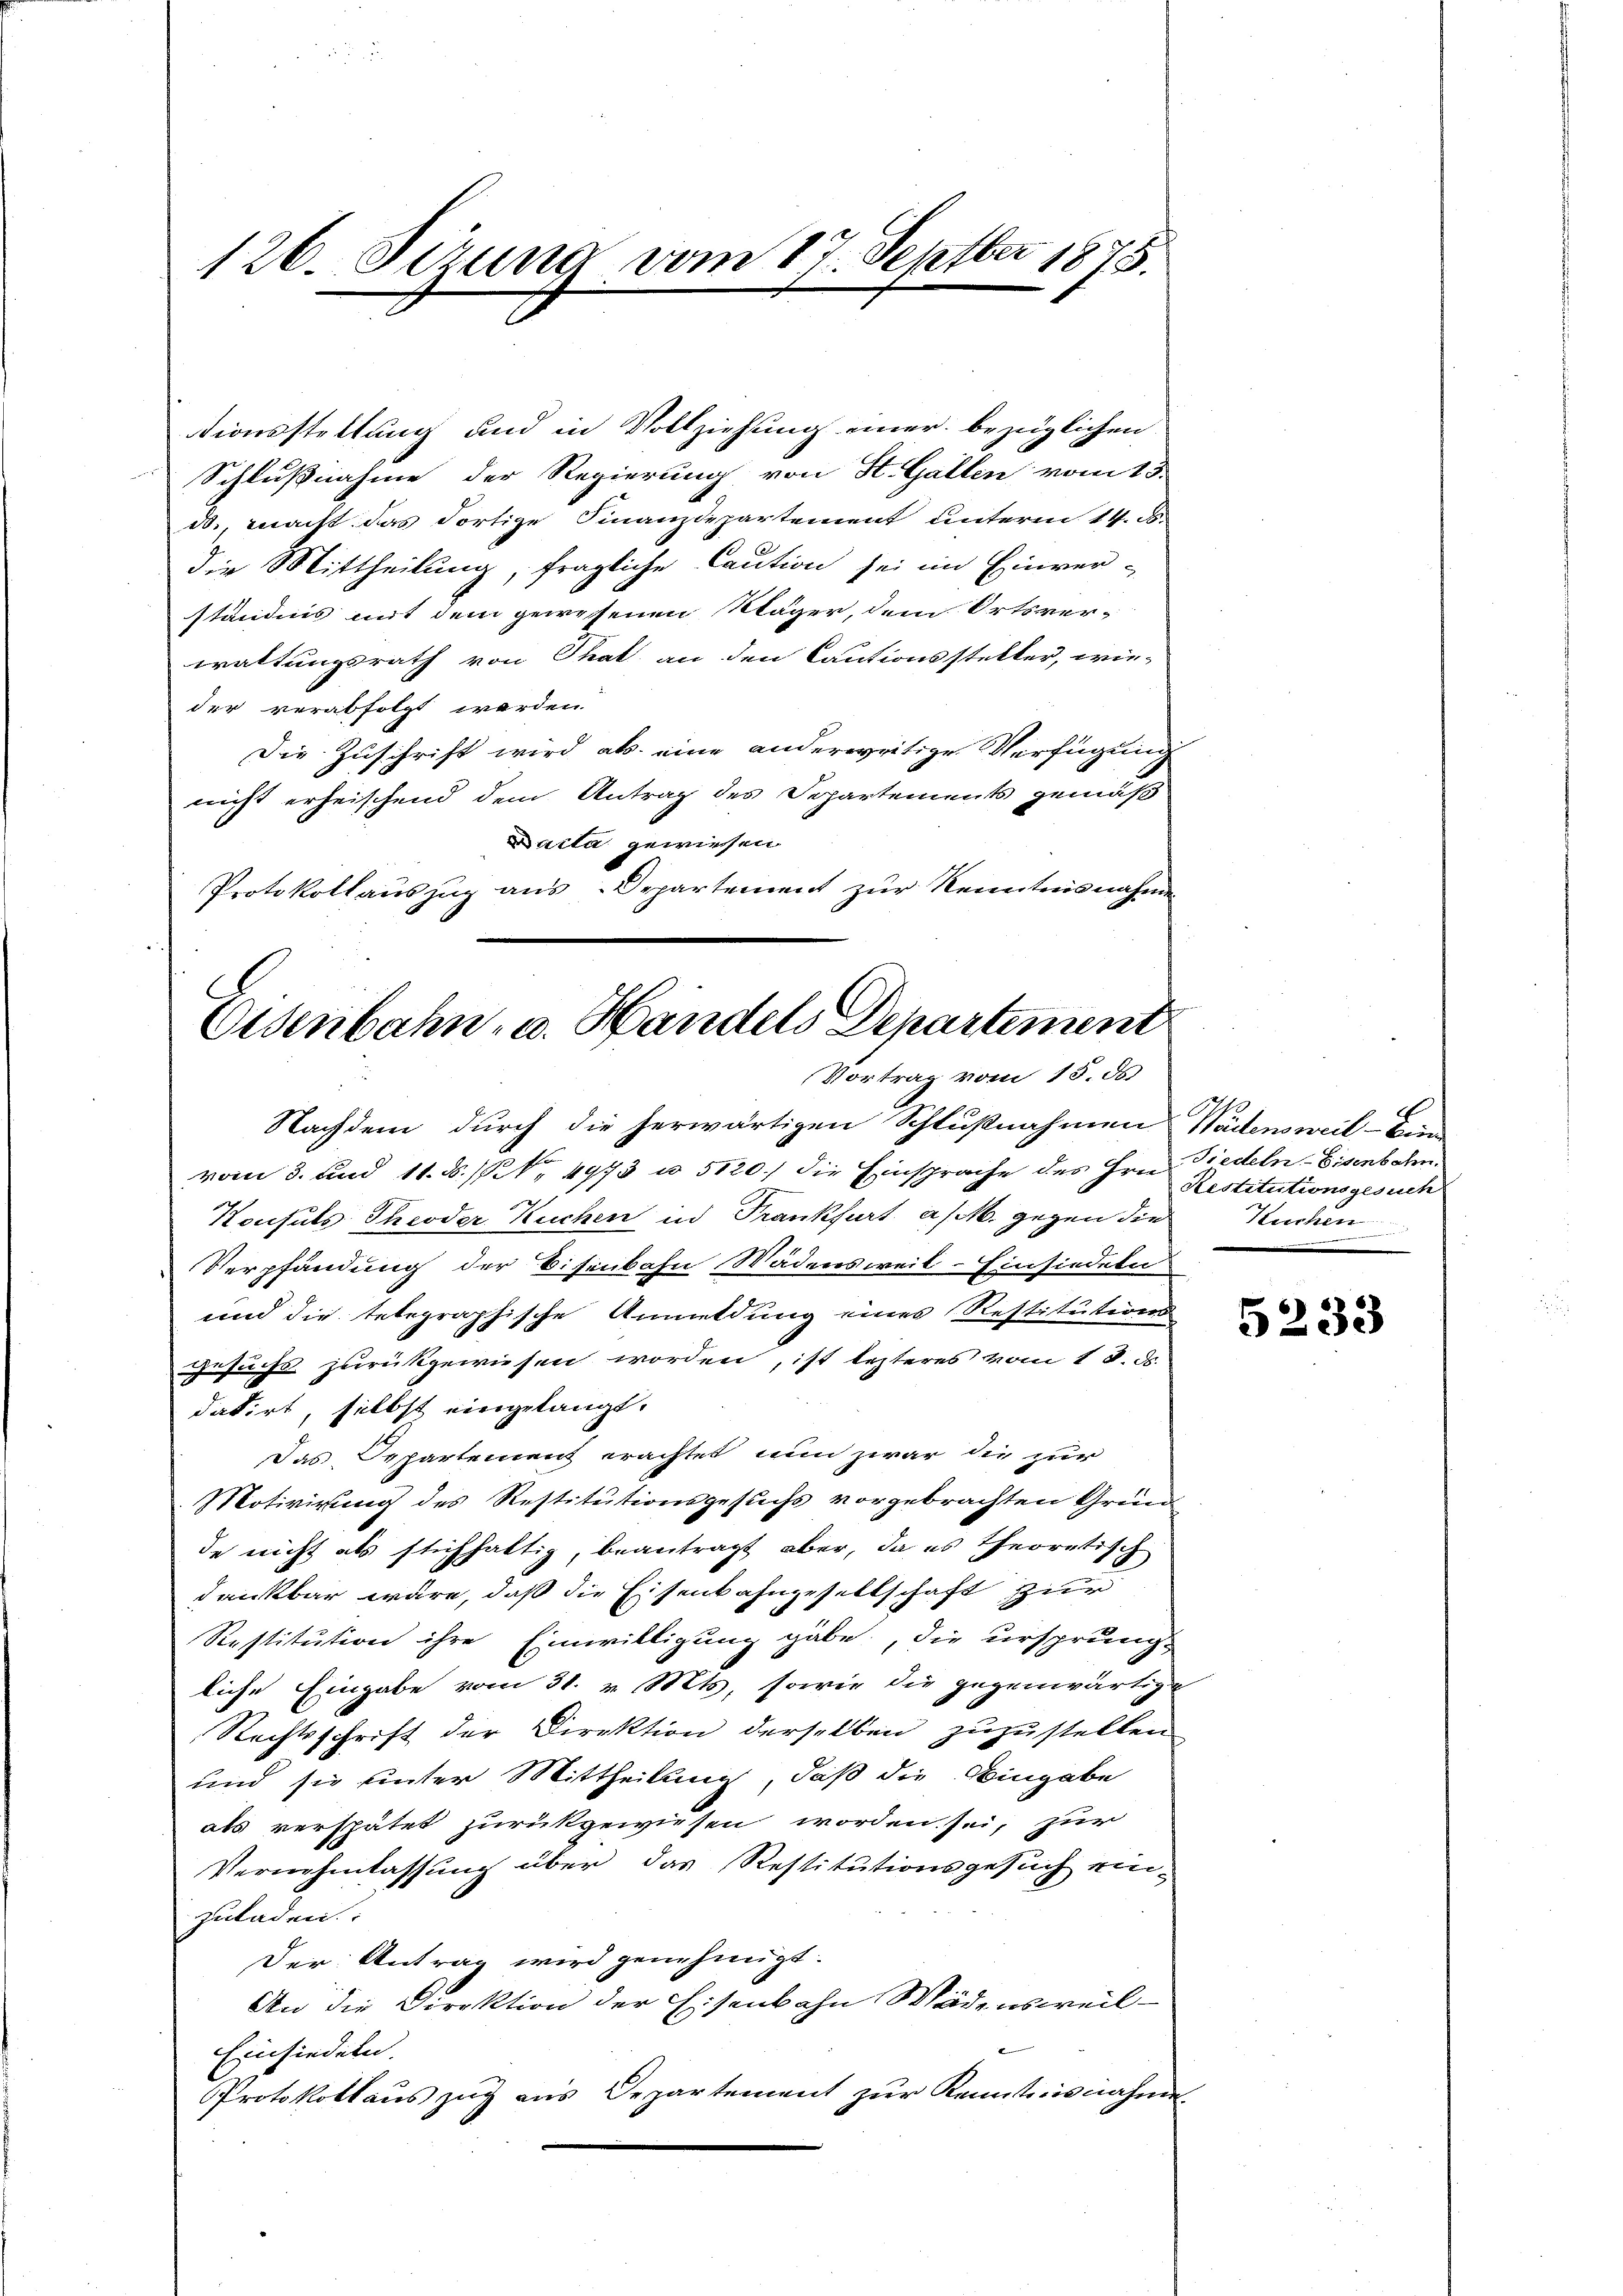
126. Jezuna vom 17. Septber 1878.

tionsstellung und in Vollziehung einer bezüglichen
Schlußnahme der Regierung von St. Gallen vom 13.
ds. macht das dortige Finanzdepartement unterm 14. d.
die Mittheilung, fragliche Caution sei im Einver-
ständnis mit dem gewesenen Mäger, dem Ortsver-
waltungsrath von That an den Cautionssteller, wie-
der verabfolgt werden.
Die Zuschrift wird als eine anderweitige Verfügung
nicht erheischend dem Antrag des Departements gemäß
Dacta gewiesen
Protokollaŭszŭg ans-Departement zur Kenntnisnahmen

Eisenbahn- u. Handels Departement
Vortrag vom 15. ds.

Nachdem durch die herwärtigen Schlußnahmen Wädensweil–Ein
vom 3. und 11. d. 1. 4973 u. 5120. die Einsprache des Hrn. Tiedeln-Eisenbahn
Konsuls Theoder Kuchen in Frankfurt a/M. gegen die
Verpfändung der Eisenbahn Wädensweil–Einsiedete
und die telegraphische Anmeldung eines Restitutions
gesuchs zurückgewiesen worden, ist lezteres vom 18. d.
datirt, selbst eingelangt.
Das Separtement erachtet nun zwar die zur
Motivirung des Restitutionsgesuchs vorgebrachten Grün-
de nicht als stichhaltig, beantragt aber, da es theoretisch
dankbar wäre, daß die Eisenbahngesellschaft zur
Restitution ihre Einwilligung gäbe, die ursprung
liche Eingabe vom 31. v. Mts, sowie die gegenwärtig-
Rechtsschrift der Direktion derselben zuzustellen
und sie unter Mittheilung, daß die Eingabe
als verspätet zurückgewiesen worden sei, zur
Vernehmlassung über das Restitutionsgesuch ein-
zuladen.
Der Antrag wird genehmigt.
An die Direktion der Eisenbahn Wädensweil
Einsiedeln.
Protokollaŭs zŭg aŭs Departement zŭr Kenntnisnahme

Restitutionsgesuch
Kuchen

5233